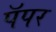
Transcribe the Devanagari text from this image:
पॅपर